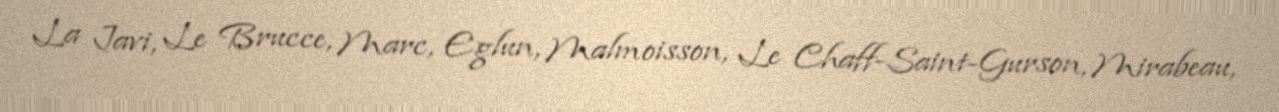
La Javi, Le Brucce, Marc, Eglun, Malmoisson, Le Chaff-Saint-Gurson, Mirabeau,